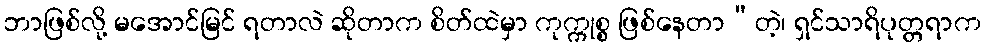
ဘာဖြစ်လို့ မအောင်မြင် ရတာလဲ ဆိုတာက စိတ်ထဲမှာ ကုက္ကုစ္စ ဖြစ်နေတာ”တဲ့၊ ရှင်သာရိပုတ္တရာက